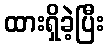
ထားရှိခဲ့ပြီး